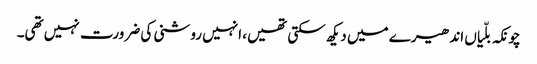
چونکہ بلّیاں اندھیرے میں دیکھ سکتی تھیں، انہیں روشنی کی ضرورت نہیں تھی۔